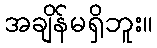
အချိန်မရှိဘူး။